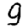
Digit: 9